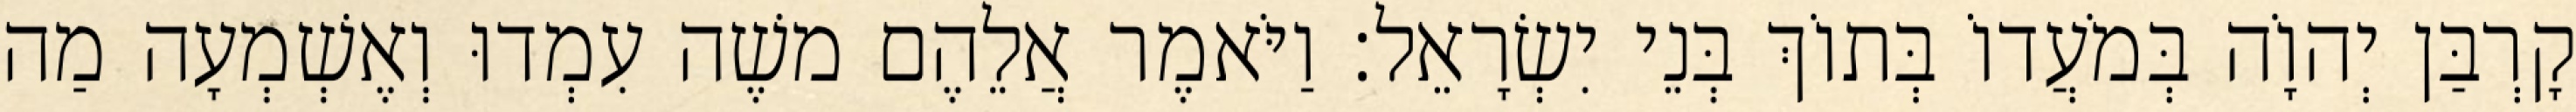
קָרְבַּן יְהוָֹה בְּמֹעֲדוֹ בְּתוֹךְ בְּנֵי יִשְׂרָאֵל׃ וַיֹּאמֶר אֲלֵהֶם משֶׁה עִמְדוּ וְאֶשְׁמְעָה מַה